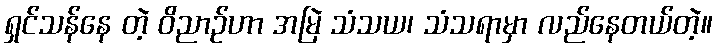
ရှင်သန်နေ တဲ့ ဝိညာဉ်ဟာ အမြဲ သံသယ၊ သံသရာမှာ လည်နေတယ်တဲ့။